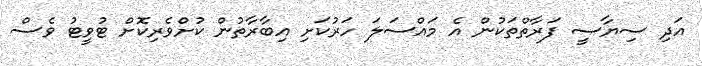
އަދި ސިޔާސީ ފަރާތްތަކުން އެ މައްސަލަ ހަރުކަށި އިބާރާތުން ކުށްވެރިކޮށް ޓުވީޓު ވެސް